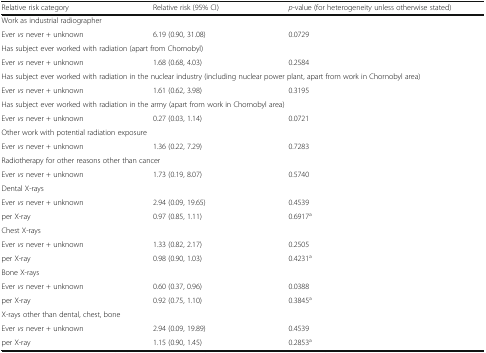
| Relative risk category | Relative risk (95% CI) | p-value (for heterogeneity unless otherwise stated) |
 | --- | --- | --- |
 | <COLSPAN=3> Work as industrial radiographer |
 | Ever vs never + unknown | 6.19 (0.90, 31.08) | 0.0729 |
 | <COLSPAN=3> Has subject ever worked with radiation (apart from Chornobyl) |
 | Ever vs never + unknown | 1.68 (0.68, 4.03) | 0.2584 |
 | <COLSPAN=3> Has subject ever worked with radiation in the nuclear industry (including nuclear power plant, apart from work in Chornobyl area) |
 | Ever vs never + unknown | 1.61 (0.62, 3.98) | 0.3195 |
 | <COLSPAN=3> Has subject ever worked with radiation in the army (apart from work in Chornobyl area) |
 | Ever vs never + unknown | 0.27 (0.03, 1.14) | 0.0721 |
 | <COLSPAN=3> Other work with potential radiation exposure |
 | Ever vs never + unknown | 1.36 (0.22, 7.29) | 0.7283 |
 | <COLSPAN=3> Radiotherapy for other reasons other than cancer |
 | Ever vs never + unknown | 1.73 (0.19, 8.07) | 0.5740 |
 | <COLSPAN=3> Dental X-rays |
 | Ever vs never + unknown | 2.94 (0.09, 19.65) | 0.4539 |
 | per X-ray | 0.97 (0.85, 1.11) | 0.6917a |
 | <COLSPAN=3> Chest X-rays |
 | Ever vs never + unknown | 1.33 (0.82, 2.17) | 0.2505 |
 | per X-ray | 0.98 (0.90, 1.03) | 0.4231a |
 | <COLSPAN=3> Bone X-rays |
 | Ever vs never + unknown | 0.60 (0.37, 0.96) | 0.0388 |
 | per X-ray | 0.92 (0.75, 1.10) | 0.3845a |
 | <COLSPAN=3> X-rays other than dental, chest, bone |
 | Ever vs never + unknown | 2.94 (0.09, 19.89) | 0.4539 |
 | per X-ray | 1.15 (0.90, 1.45) | 0.2853a |